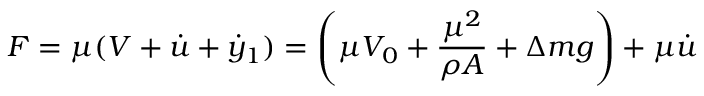
F = \mu ( V + \dot { u } + \dot { y } _ { 1 } ) = \left( \mu V _ { 0 } + \frac { \mu ^ { 2 } } { \rho A } + \Delta m g \right) + \mu \dot { u }